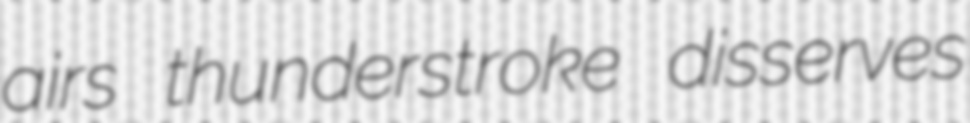
airs thunderstroke disserves